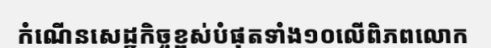
កំណើនសេដ្ឋកិច្ចខ្ពស់បំផុតទាំង១០លើពិភពលោក